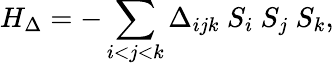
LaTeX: H_{\Delta}=-\sum_{i<j<k}\Delta_{ijk}\ S_{i}\ S_{j}\ S_{k},